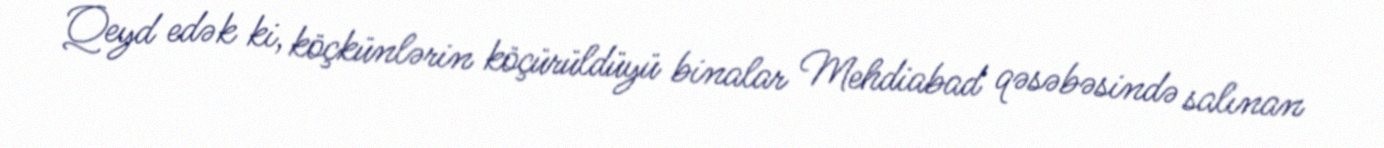
Qeyd edək ki, köçkünlərin köçürüldüyü binalar Mehdiabad qəsəbəsində salınan